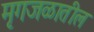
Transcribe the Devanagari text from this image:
मृगजळातील